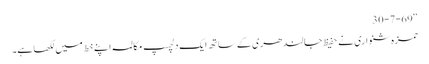
‘‘30-7-69
حمزہ شنواری نے حفیظ جالندھری کے ساتھ ایک دلچسپ مکالمہ اپنے خط میں لکھا ہے۔